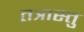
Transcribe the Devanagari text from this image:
तत्रास्तु